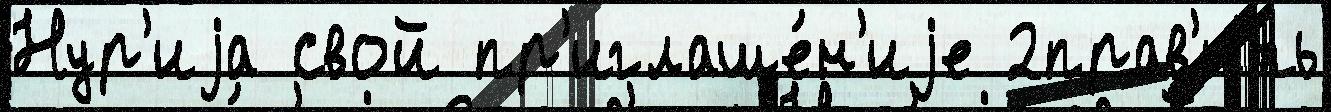
Нур'иjа свой пр'иглаше́н'иjе 2прав'ить